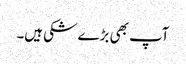
آپ بھی بڑے شکی ہیں۔